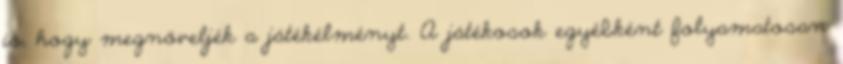
is, hogy megnöveljék a játékélményt. A játékosok egyébként folyamatosan